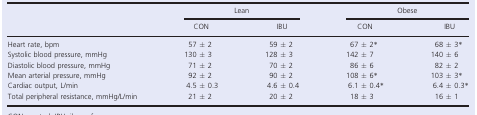
<table><thead><tr><td rowspan="2"></td><td colspan="2"><b>Lean</b></td><td colspan="2"><b>Obese</b></td></tr><tr><td><b>CON</b></td><td><b>IBU</b></td><td><b>CON</b></td><td><b>IBU</b></td></tr></thead><tbody><tr><td>Heart rate, bpm</td><td>57 ± 2</td><td>59 ± 2</td><td>67 ± 2*</td><td>68 ± 3*</td></tr><tr><td>Systolic blood pressure, mmHg</td><td>130 ± 3</td><td>128 ± 3</td><td>142 ± 7</td><td>140 ± 6</td></tr><tr><td>Diastolic blood pressure, mmHg</td><td>71 ± 2</td><td>70 ± 2</td><td>86 ± 6</td><td>82 ± 2</td></tr><tr><td>Mean arterial pressure, mmHg</td><td>92 ± 2</td><td>90 ± 2</td><td>108 ± 6*</td><td>103 ± 3*</td></tr><tr><td>Cardiac output, L/min</td><td>4.5 ± 0.3</td><td>4.6 ± 0.4</td><td>6.1 ± 0.4*</td><td>6.4 ± 0.3*</td></tr><tr><td>Total peripheral resistance, mmHg/L/min</td><td>21 ± 2</td><td>20 ± 2</td><td>18 ± 3</td><td>16 ± 1</td></tr></tbody></table>